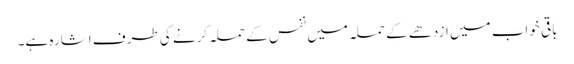
باقی خواب میں ازدھے کے حملہ میں نفس کے حملہ کرنے کی طرف اشارہ ہے۔